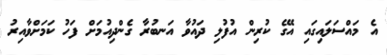
އެ މައްސަލައިގައި އޭގެ ކުރިން އުފުލި ދައުވާ އަނބުރާ ގެންދިއުމަށް ފަހު ކަމަށްވާއިރު